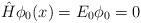
LaTeX: \begin{align*}\hat{H}\phi_{0}(x)=E_{0}\phi_{0}=0\end{align*}